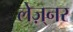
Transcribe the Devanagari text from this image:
लेज़्नर